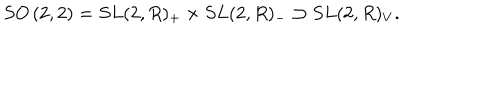
LaTeX: { S O } \left( 2 , 2 \right) = { S L } ( 2 , R ) _ { + } \times { S L } ( 2 , R ) _ { - } \supset { S L } ( 2 , R ) _ { V } .